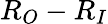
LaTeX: R_{O}-R_{I}